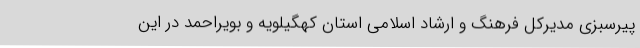
پیرسبزی مدیرکل فرهنگ و ارشاد اسلامی استان کهگیلویه و بویراحمد در این